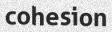
cohesion